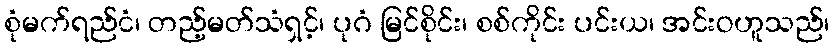
စုံမက်ရည်ငံ၊ တည့်မတ်သံရှင့်၊ ပုဂံ မြင်စိုင်း၊ စစ်ကိုင်း ပင်းယ၊ အင်းဝဟူသည်၊